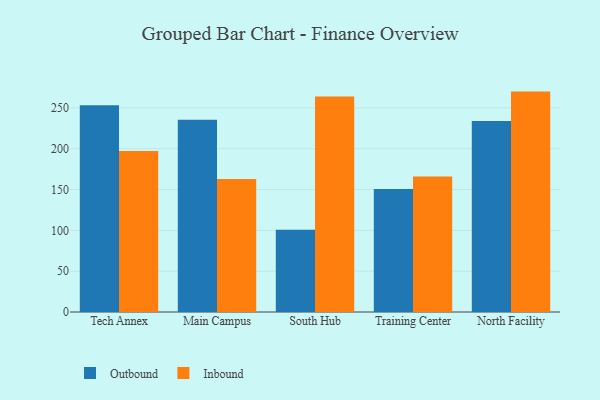
{"axis": {"x": "Campus", "y": "Satisfaction Score"}, "legend": ["Inbound", "Outbound"], "data": [{"x": "Tech Annex", "y": 253.3, "type": "Outbound"}, {"x": "Tech Annex", "y": 197.3, "type": "Inbound"}, {"x": "Main Campus", "y": 235.4, "type": "Outbound"}, {"x": "Main Campus", "y": 162.8, "type": "Inbound"}, {"x": "South Hub", "y": 100.7, "type": "Outbound"}, {"x": "South Hub", "y": 264.0, "type": "Inbound"}, {"x": "Training Center", "y": 150.7, "type": "Outbound"}, {"x": "Training Center", "y": 165.8, "type": "Inbound"}, {"x": "North Facility", "y": 234.0, "type": "Outbound"}, {"x": "North Facility", "y": 269.9, "type": "Inbound"}]}